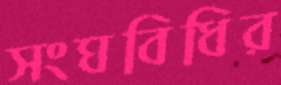
সংঘবিধির